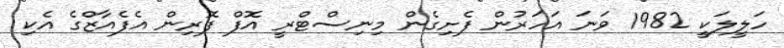
ހަލީލަކީ 1982 ވަނަ އަހަރުން ފެށިގެން މިނިސްޓްރީ އޮފް ފޮރިން އެފެއާޒްގެ އެކި